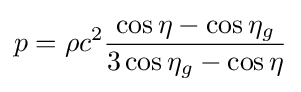
p=\rho c^{2}{\frac {\cos \eta -\cos \eta _{g}}{3\cos \eta _{g}-\cos \eta }}